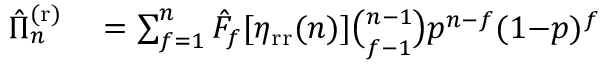
\begin{array} { r l } { \hat { \Pi } _ { n } ^ { \mathrm { ( r ) } } } & { { } = \sum _ { f = 1 } ^ { n } \hat { F } _ { f } [ \eta _ { \mathrm { r r } } ( n ) ] \binom { n - 1 } { f - 1 } p ^ { n - f } ( 1 { - } p ) ^ { f } } \end{array}